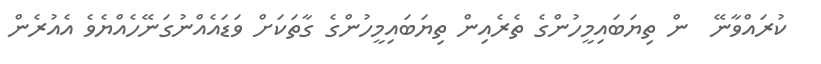
ކުރައްވާނޭ  ން ތިޔަބައިމީހުންގެ ތެރެއިން ތިޔަބައިމީހުންގެ ގާތަކަށް ވަޑައެއްނުގަނޭހެއްޔެވެ އެއުރެން